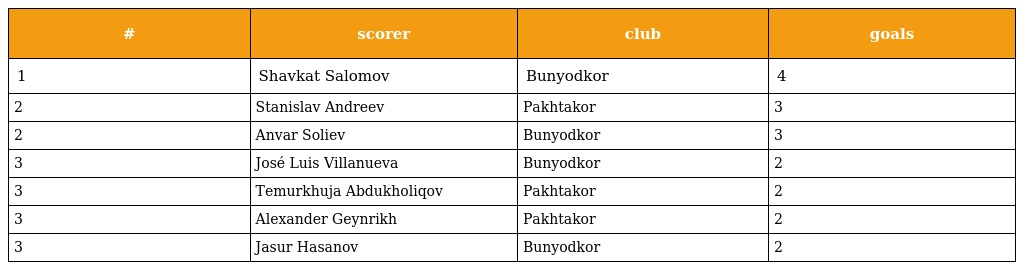
| # | scorer | club | goals |
 | --- | --- | --- | --- |
 | 1 | Shavkat Salomov | Bunyodkor | 4 |
 | 2 | Stanislav Andreev | Pakhtakor | 3 |
 | 2 | Anvar Soliev | Bunyodkor | 3 |
 | 3 | José Luis Villanueva | Bunyodkor | 2 |
 | 3 | Temurkhuja Abdukholiqov | Pakhtakor | 2 |
 | 3 | Alexander Geynrikh | Pakhtakor | 2 |
 | 3 | Jasur Hasanov | Bunyodkor | 2 |